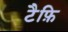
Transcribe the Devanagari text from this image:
टैफ़ि